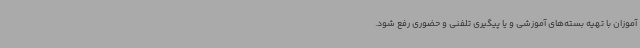
آموزان با تهیه بسته‌های آموزشی و یا پیگیری تلفنی و حضوری رفع شود.